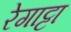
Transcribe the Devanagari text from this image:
रेगाट्टा